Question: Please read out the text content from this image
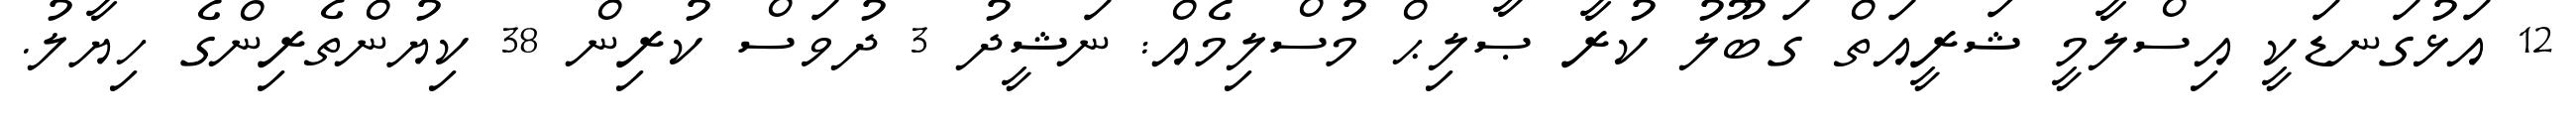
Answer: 12 އަޅުގަނޑަކީ އިސްލާމީ ޝަރީއަތް ގަބޫލު ކުރާ ޞާލިޙް މުސްލިމެއް: ނަޝީދު 3 ދުވަސް ކުރިން 38 ކިޔުންތެރިންގެ ހިޔާލު.